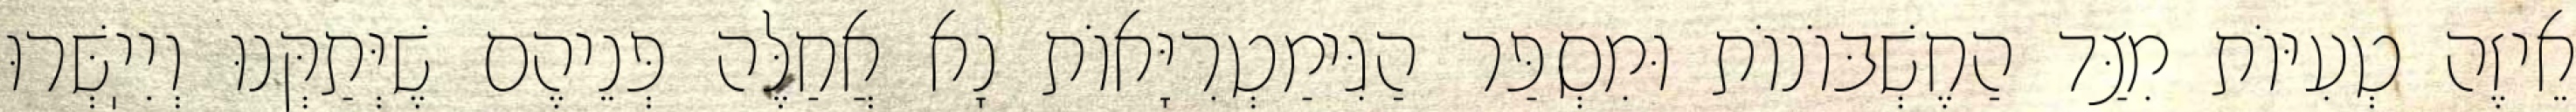
אֵיזֶה טְעִיּוֹת מִצַּד הַחֶשְׁבּוֹנוֹת וּמִסְפַּר הַגִּימַטְרִיָּאוֹת נָא אֲחַלֶּה פְּנֵיהֶם שֶׁיְּתַקְּנוּ וְיִיֽשְּׁרוּ